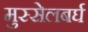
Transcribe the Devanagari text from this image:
मुस्सेलबर्घ